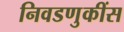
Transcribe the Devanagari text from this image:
निवडणुकींस